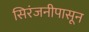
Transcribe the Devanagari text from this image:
सिरंजनीपासून